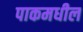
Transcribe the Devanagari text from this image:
पाकमधील